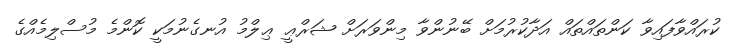
ކުރައްވާފައިވާ ކަންތައްތައް އަދާކުރުމަށް ބޭނުންވާ މިންވަރަށް ޝަރްޢީ ޢިލްމު އުނގެނުމަކީ ކޮންމެ މުސްލިމެއްގެ